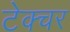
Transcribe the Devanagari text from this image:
टेक्चर